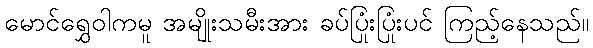
မောင်ရွှေဝါကမူ အမျိုးသမီးအား ခပ်ပြုံးပြုံးပင် ကြည့်နေသည်။